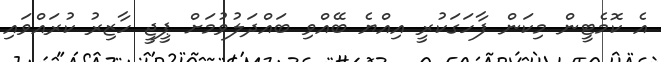
އެ ކޮމެޓީން މިކަން ފާހަގަކުރީ އިއްޔެ ބޭއްވި ބައްދަލުވުމަށް ޕީޖީ ހާޒިރު ކުރައްވައި